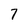
Character: 7